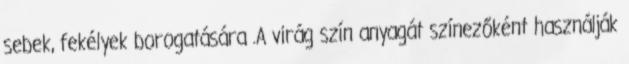
sebek, fekélyek borogatására .A virág szín anyagát színezőként használják